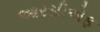
આરસીએફ